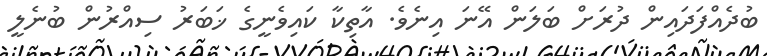
ބުދެއްފަދައިން ދުރަށް ބަލަން އޭނަ އިނެވެ. އާތިކާ ކައިވެނީގެ ޚަބަރު ސިއްރުން ބުނެލީ